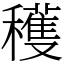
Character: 穫